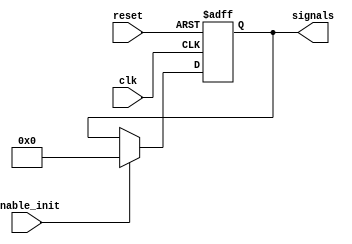
module ConfigurableInitialConditions #(
    parameter integer NUM_SIGNALS = 4, // Number of signals to initialize
    parameter [NUM_SIGNALS*8-1:0] INIT_VALUES = 32'h00000000 // Default initial values (4 signals of 8 bits each)
)(
    input wire clk,                   // Clock signal
    input wire reset,                 // External reset signal
    input wire enable_init,           // Control signal to enable initialization
    output reg [NUM_SIGNALS*8-1:0] signals // Output signals initialized
);

// Internal signal to hold the initial values
reg [NUM_SIGNALS*8-1:0] initial_values;

// Initialization logic
initial begin
    initial_values = INIT_VALUES;
end

// Always block for initialization and reset
always @(posedge clk or posedge reset) begin
    if (reset) begin
        // Reinitialize signals to initial values on reset
        signals <= initial_values;
    end else if (enable_init) begin
        // Initialize signals if enable_init is high
        signals <= initial_values;
    end
end

// Verification and Debugging
always @(signals) begin
    // Simple assertion to verify initialization (for simulation purposes)
    if (signals !== initial_values) begin
        $display("Warning: Signals not initialized correctly! Expected: %h, Got: %h", initial_values, signals);
    end else begin
        $display("Signals initialized correctly: %h", signals);
    end
end

endmodule